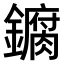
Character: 𫓘